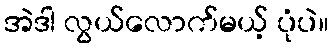
အဲဒါ လွယ်လောက်မယ့် ပုံပဲ။